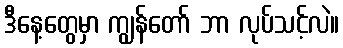
ဒီနေ့တွေမှာ ကျွန်တော် ဘာ လုပ်သင့်လဲ။